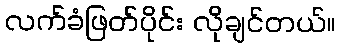
လက်ခံဖြတ်ပိုင်း လိုချင်တယ်။